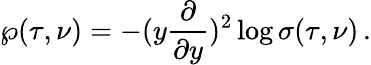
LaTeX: \wp(\tau,\nu)=-(y\frac{\partial}{\partial y})^{2}\log\sigma(\tau,\nu)\, .